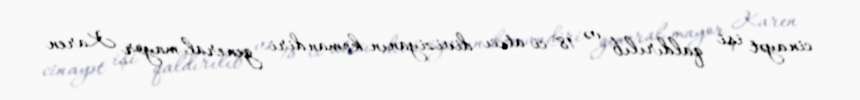
cinayət işi qaldırılıb və 18-ci atıcı diviziyanın komandiri general-mayor Karen